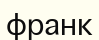
франк